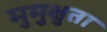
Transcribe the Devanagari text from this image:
मुमुक्षुता